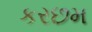
કરછમ